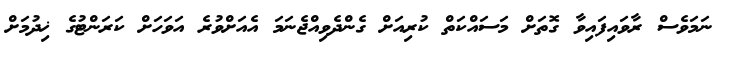
ނަމަވެސް ރާވައިފައިވާ ގޮތަށް މަަސައްކަތް ކުރިއަށް ގެންދެވިއްޖެނަމަ އެއަށްވުރެ އަވަހަށް ކަރަންޓުގެ ޚިދުމަށް